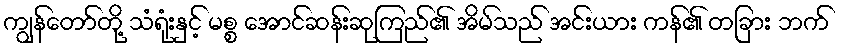
ကျွန်တော်တို့ သံရုံးနှင့် မစ္စ အောင်ဆန်းဆုကြည်၏ အိမ်သည် အင်းယား ကန်၏ တခြား ဘက်